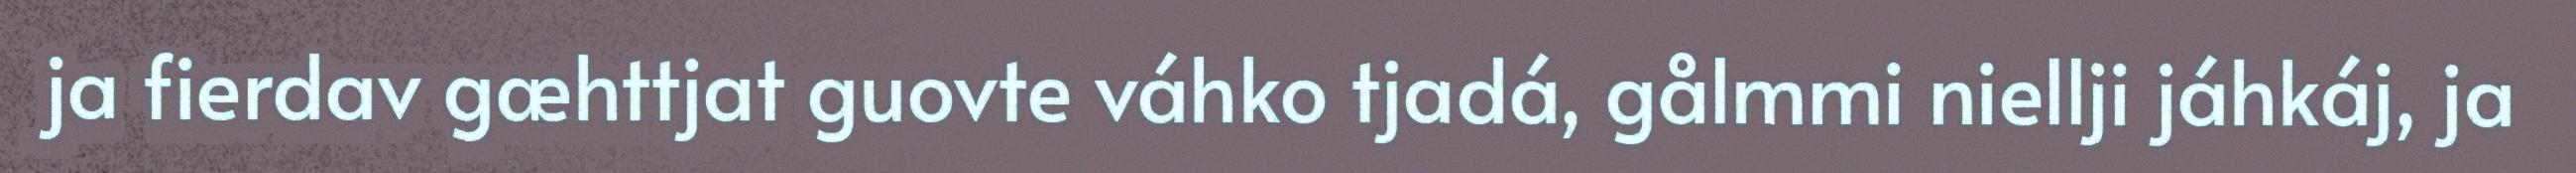
ja fierdav gæhttjat guovte váhko tjadá, gålmmi niellji jáhkáj, ja